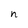
Character: n